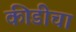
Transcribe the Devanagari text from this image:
कीडीचा